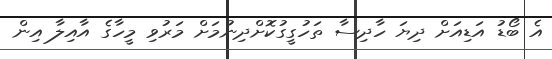
އެ ބޯޑު އަޑިއަށް ދިޔަ ހާދިސާ ތަހުގީގުކޮށްދިނުމަށް މަރުވި މީހާގެ އާއިލާ އިން